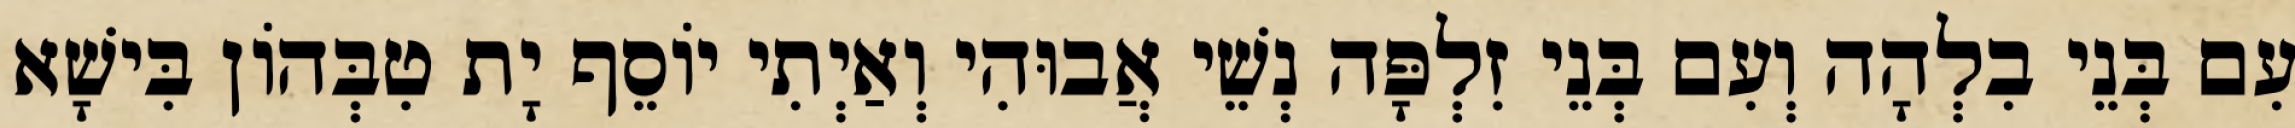
עִם בְּנֵי בִלְהָה וְעִם בְּנֵי זִלְפָּה נְשֵׁי אֲבוּהִי וְאַיְתִי יוֹסֵף יָת טִבְּהוֹן בִּישָׁא